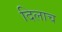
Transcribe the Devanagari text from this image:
दिलाच